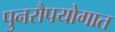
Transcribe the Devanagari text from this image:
पुनरौपयोगात